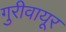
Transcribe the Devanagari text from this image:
गुरीवायूर